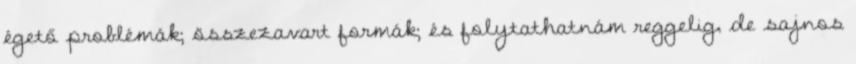
égető problémák; összezavart formák; és folytathatnám reggelig, de sajnos